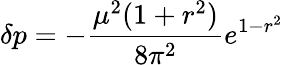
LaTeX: \delta p=-\frac{\mu^{2}(1+r^{2})}{8\pi^{2}}e^{1-r^{2}}